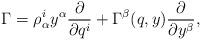
LaTeX: \begin{align*}\Gamma = \rho^{i}_{\alpha}y^{\alpha} \frac{\partial}{\partial q^{i}} + \Gamma^{\beta}(q, y) \frac{\partial}{\partial y^{\beta}},\end{align*}